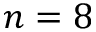
n = 8